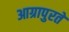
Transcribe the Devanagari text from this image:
आग्रापुरते